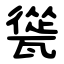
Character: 㼻